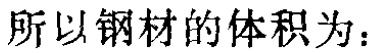
所以钢材的体积为：